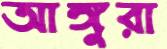
আঙ্গুরা